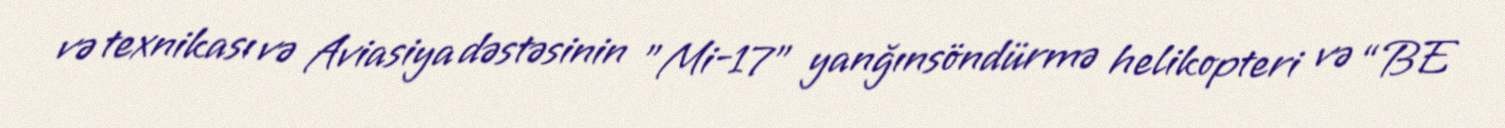
və texnikası və Aviasiya dəstəsinin "Mi-17" yanğınsöndürmə helikopteri və “BE